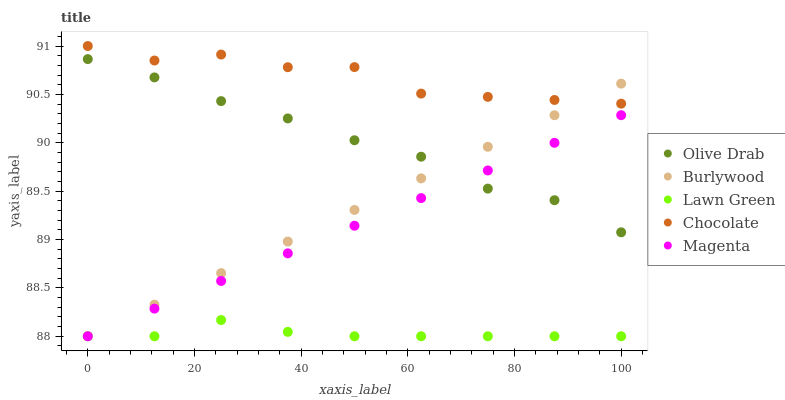
| xaxis_label | Olive Drab | Burlywood | Lawn Green | Chocolate | Magenta |
 | --- | --- | --- | --- | --- | --- |
 | 0 | 90.9 | 88 | 88 | 91 | 88 |
 | 12.5 | 90.7 | 88.3 | 88 | 90.9 | 88.3 |
 | 25 | 90.4 | 88.7 | 88.2 | 90.9 | 88.6 |
 | 37.5 | 90.3 | 89 | 88 | 90.8 | 88.9 |
 | 50 | 90 | 89.3 | 88 | 90.8 | 89.1 |
 | 62.5 | 89.9 | 89.6 | 88 | 90.5 | 89.4 |
 | 75 | 89.5 | 90 | 88 | 90.5 | 89.7 |
 | 87.5 | 89.4 | 90.3 | 88 | 90.4 | 90 |
 | 100 | 89.1 | 90.6 | 88 | 90.4 | 90.3 |